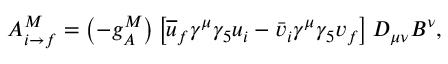
A _ { i \rightarrow f } ^ { M } = \left( - g _ { A } ^ { M } \right) \left[ \overline { { { u } } } _ { f } \gamma ^ { \mu } \gamma _ { 5 } u _ { i } - \bar { v } _ { i } \gamma ^ { \mu } \gamma _ { 5 } v _ { f } \right] D _ { \mu \nu } B ^ { \nu } ,